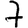
Digit: 7